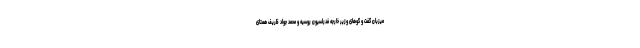
میزبان گفت و گوهای وزیر خارجه فدراسیون روسیه و محمد جواد ظریف همتای